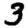
Digit: 3